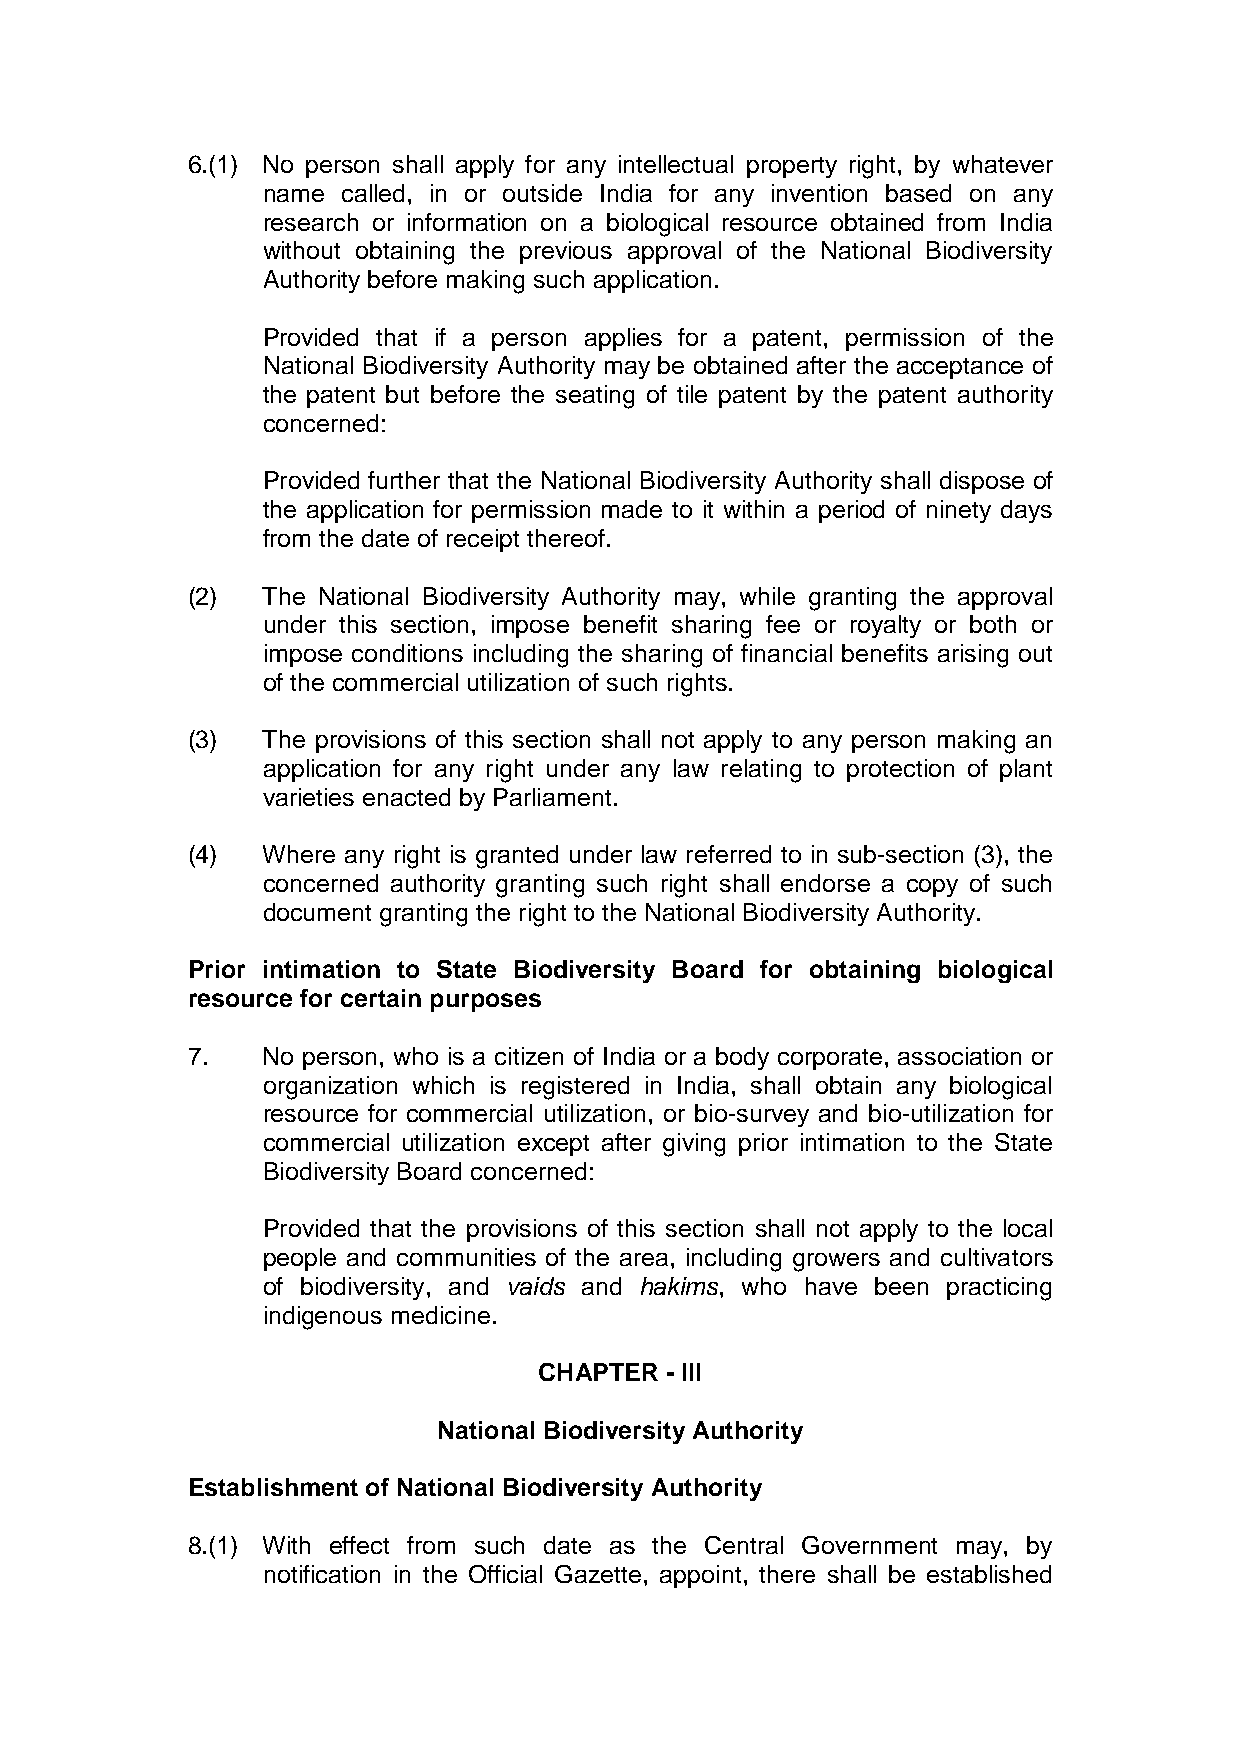
6.(1) No person shall apply for any intellectual property right, by whatever
 name  called, in or outside India for any invention based on any
 research or information on a biological resource obtained from India
 without obtaining the previous approval of the National Biodiversity
 Authority before making such application.
 Provided that if a person applies for a patent, permission of the
 National Biodiversity Authority may be obtained after the acceptance of
 the patent but before the seating of tile patent by the patent authority
 concerned:
 Provided further that the National Biodiversity Authority shall dispose of
 the application for permission made to it within a period of ninety days
 from the date of receipt thereof.
 (2)  The National Biodiversity Authority may, while granting the approval
 under this section, impose benefit sharing fee or royalty or both or
 impose conditions including the sharing of financial benefits arising out
 of the commercial utilization of such rights.
 (3)  The provisions of this section shall not apply to any person making an
 application for any right under any law relating to protection of plant
 varieties enacted by Parliament.
 (4)  Where any right is granted under law referred to in sub-section (3), the
 concerned authority granting such right shall endorse a copy of such
 document granting the right to the National Biodiversity Authority.
 Prior intimation to State Biodiversity Board for obtaining biological
 resource for certain purposes
 7.   No person, who is a citizen of India or a body corporate, association or
 organization which is registered in India, shall obtain any biological
 resource for commercial utilization, or bio-survey and bio-utilization for
 commercial utilization except after giving prior intimation to the State
 Biodiversity Board concerned:
 Provided that the provisions of this section shall not apply to the local
 people and communities of the area, including growers and cultivators
 of biodiversity, and vaids and hakims, who have been practicing
 indigenous medicine.
 CHAPTER - III
 National Biodiversity Authority
 Establishment of National Biodiversity Authority
 8.(1) With effect from such date as the Central Government may, by
 notification in the Official Gazette, appoint, there shall be established